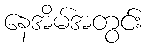
နေအိမ်အတွင်း